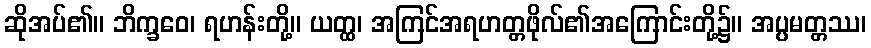
ဆိုအပ်၏။ ဘိက္ခဝေ၊ ရဟန်းတို့။ ယတ္ထ၊ အကြင်အရဟတ္တဖိုလ်၏အကြောင်းတို့၌။ အပ္ပမတ္တဿ၊